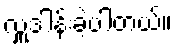
လှူဒါန်းခဲ့ပါတယ်။